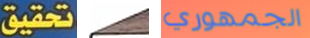
تحقيق وحيدين الجمهوري